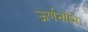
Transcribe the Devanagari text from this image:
ऊर्णनाभि